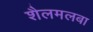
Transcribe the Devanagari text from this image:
शैलमलबा